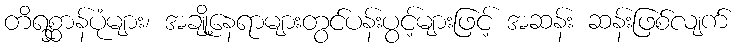
တိရစ္ဆာန်ပုံများ၊ အချို့နေရာများတွင်ပန်းပွင့်များဖြင့် အဆန်း ဆန်းဖြစ်လျက်